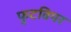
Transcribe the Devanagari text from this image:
फुटवियर